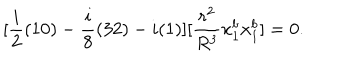
LaTeX: [ \frac { i } { 2 } ( 1 0 ) - \frac { i } { 8 } ( 3 2 ) - i ( 1 ) ] [ \frac { r ^ { 2 } } { R ^ { 3 } } x _ { 1 } ^ { b } x _ { 1 } ^ { b } ] = 0 .